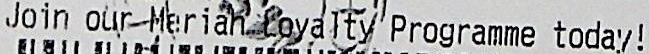
JOIN OUR MARIAN LOYALTY PROGRAMME TODAY!